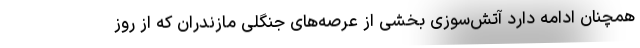
همچنان ادامه دارد آتش‌سوزی بخشی از عرصه‌های جنگلی مازندران که از روز